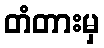
တံတားမှ